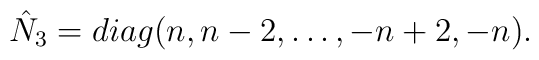
\hat{N}_{3}=diag(n,n-2, \ldots ,-n+2,-n).